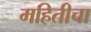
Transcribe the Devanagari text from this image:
महितीचा